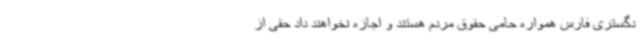
دگستری فارس همواره حامی حقوق مردم هستند و اجازه نخواهند داد حقی از